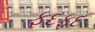
ફદફદ